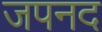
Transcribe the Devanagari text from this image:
जपनद